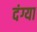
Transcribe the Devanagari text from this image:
दंग्या